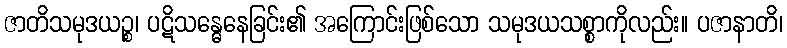
ဇာတိသမုဒယဉ္စ၊ ပဋိသန္ဓေနေခြင်း၏ အကြောင်းဖြစ်သော သမုဒယသစ္စာကိုလည်း။ ပဇာနာတိ၊